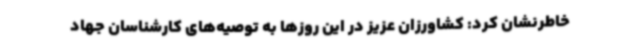
خاطرنشان کرد: کشاورزان عزیز در این روزها به توصیه‌های کارشناسان جهاد